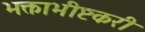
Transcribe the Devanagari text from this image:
भक्ताभीष्टकरी